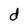
Character: d